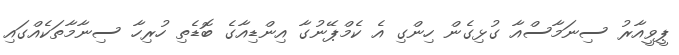
ޕީވީއާރު ސިނަމާސްއާ ގުޅިގެން ހިންގި އެ ކެމްޕޭނުގާ އިންޑިއާގެ ބޮޑެތި ހުރިހާ ސިނާމާތަކެއްގައި